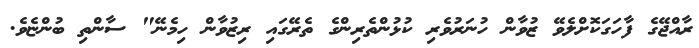
ރާއްޖޭގެ ފާހަގަކޮށްލެވޭ ޒުވާން ހުނަރުވެރި ކުޅުންތެރިންގެ ތެރޭގައި ރިޒުވާން ހިމެނޭ" ސާންތި ބުންޏެވެ.